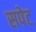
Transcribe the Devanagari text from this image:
सपेट